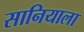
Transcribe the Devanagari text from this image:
सानियाला